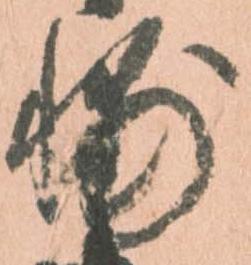
輔